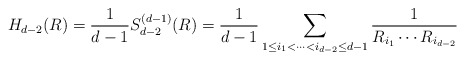
\begin{align*}H_{d-2}(R)=\frac{1}{d-1}S^{(d-1)}_{d-2}(R) =\frac{1}{d-1}\sum_{1\leq i_1< \cdots < i_{d-2}\leq d-1} \frac{1}{R_{i_1}\cdots R_{i_{d-2}}}\end{align*}